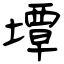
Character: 墰